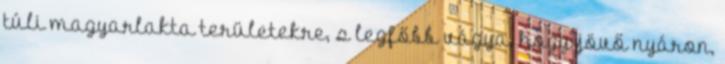
túli magyarlakta területekre, s legfőbb vágya, hogy jövő nyáron,